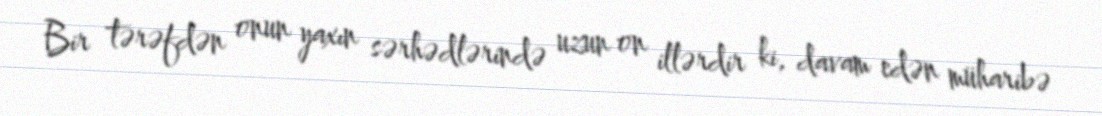
Bir tərəfdən onun yaxın sərhədlərində uzun on illərdir ki, davam edən müharibə